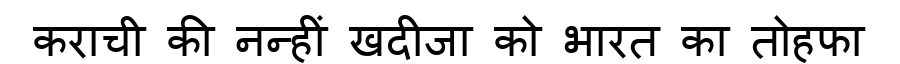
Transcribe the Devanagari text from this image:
कराची की नन्हीं खदीजा को भारत का तोहफा